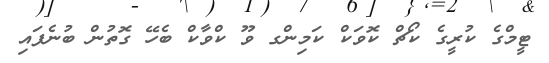
ޓީމްގެ ކުރީގެ ކޯޗް ކޮވަކް ކަމިންގ ވޫ ކްވާކް ބެހޭ ގޮތުން ބުނެފައި